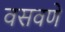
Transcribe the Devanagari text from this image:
वसवणे